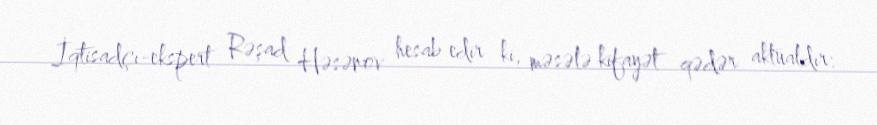
İqtisadçı-ekspert Rəşad Həsənov hesab edir ki, məsələ kifayət qədər aktualdır: